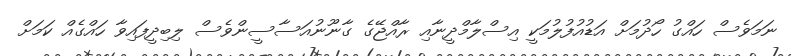
ނަމަވެސް ހައްގު ހޯދުމަށް އަޑުއުފުލުމަކީ އިސްލާމްދީނާއި ރާއްޖޭގެ ގާނޫނުއަސާސީންވެސް ލިބިދީފައިވާ ހައްގެއް ކަމަށް